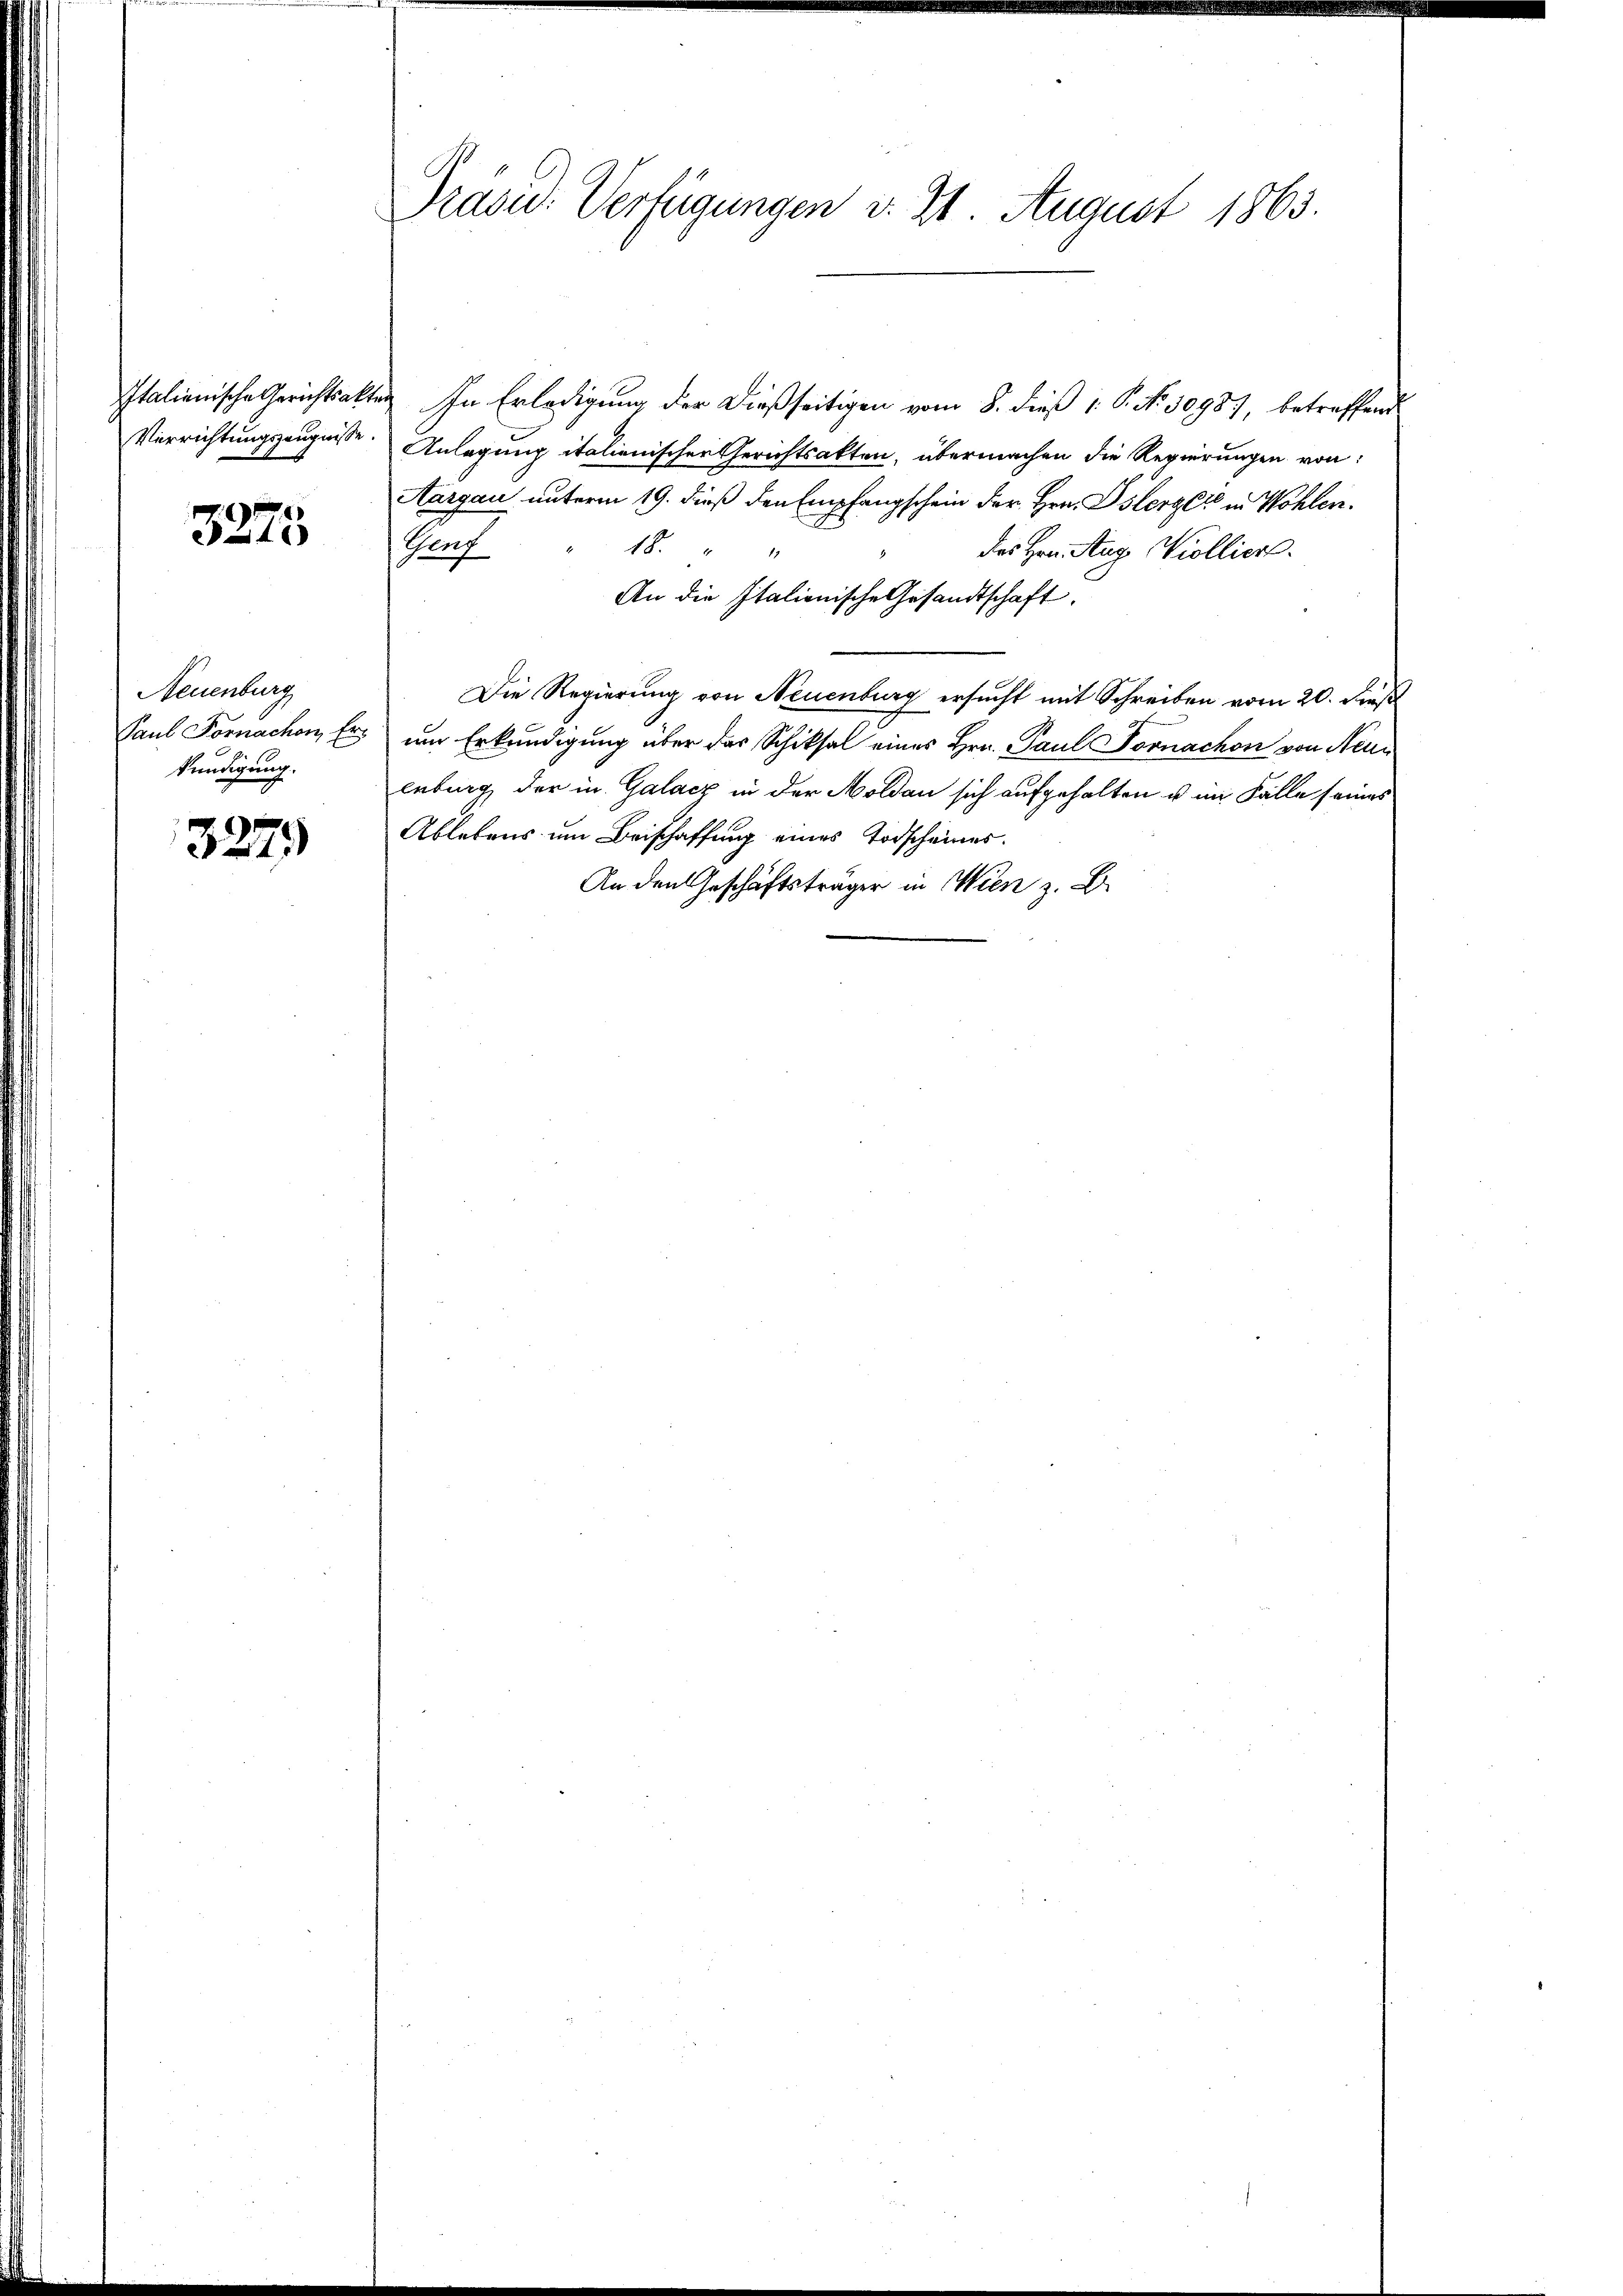
Verrichtungszeugnisse.

3275

Neuenburg
kündigung.

3279

Präsid. Verfügungen d. 21. August 1863.

Italienische Gerichtsakten. In Erledigung der dießseitigen vom 8. dieß 1 S. No. 30987, betreffend
Anlegung italienischen Gerichtsakten, übermachen die Regierungen von
Aargau unterm 19. dieß den Empfangschein der Hrn. Islerger in Wohlen.
18.
Genf
des Hrn. Aug Violliers.
An die Italienische Gesandtschaft.
Die Regierung von Neuenburg ersucht mit Schreiben vom 20. dieß
Paul Fornachen, Er um Erkundigung über das Schiksal eines Hrn. Paul Fornachon von Neun
enburg der in Galacz in der Moldau sich aufgehalten u im Falle seines
Ablebens um Beischaffung eines Todscheines.
An den Geschäftsträger in Wien z. B.